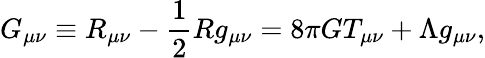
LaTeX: G_{\mu\nu}\equiv R_{\mu\nu}-\frac{1}{2}Rg_{\mu\nu}=8\pi GT_{\mu\nu}+\Lambda g_{\mu\nu},